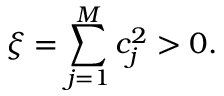
\xi = \sum _ { j = 1 } ^ { M } c _ { j } ^ { 2 } > 0 .